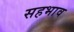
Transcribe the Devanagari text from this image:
सहभाव